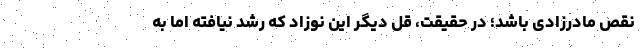
نقص مادرزادی باشد؛ در حقیقت، قل دیگر این نوزاد که رشد نیافته اما به